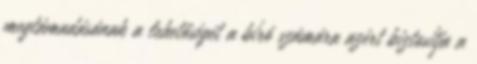
megtámadásának a lehetőségét a bíró számára azért biztosítja a